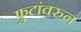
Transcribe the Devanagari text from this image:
फुटांवरुन